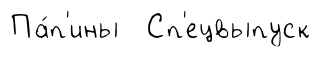
Па́п'ины Сп'ецвыпуск